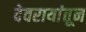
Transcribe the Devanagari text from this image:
देवरायांतून